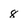
Character: 8